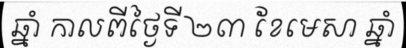
ឆ្នាំ កាលពីថ្ងៃទី ២៣ ខែមេសា ឆ្នាំ